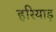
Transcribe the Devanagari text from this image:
हरियाड़